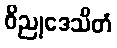
ဝိညုဒေသိတံ